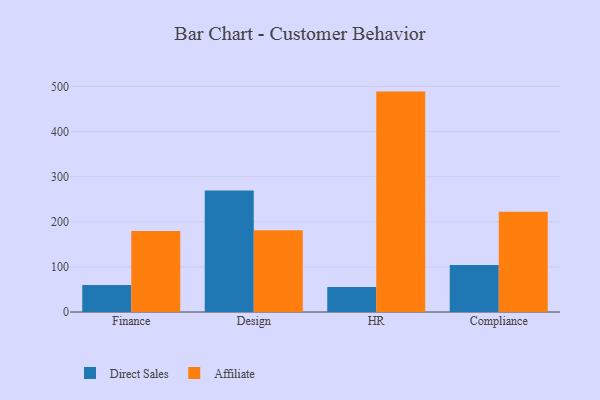
{"axis": {"x": "Department", "y": "Gross Profit (USD K)"}, "legend": ["Affiliate", "Direct Sales"], "data": [{"x": "Finance", "y": 60.1, "type": "Direct Sales"}, {"x": "Finance", "y": 179.5, "type": "Affiliate"}, {"x": "Design", "y": 269.2, "type": "Direct Sales"}, {"x": "Design", "y": 181.1, "type": "Affiliate"}, {"x": "HR", "y": 55.4, "type": "Direct Sales"}, {"x": "HR", "y": 488.6, "type": "Affiliate"}, {"x": "Compliance", "y": 104.4, "type": "Direct Sales"}, {"x": "Compliance", "y": 222.3, "type": "Affiliate"}]}